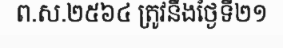
ព.ស.២៥៦៤ ត្រូវនឹងថ្ងៃទី២១